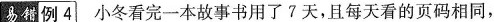
易错 例4 小冬看完一本故事书用了7天，且每天看的页码相同，